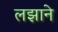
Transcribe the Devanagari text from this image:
लझाने